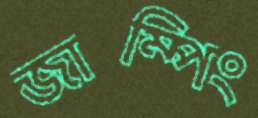
জাম্পিং